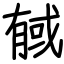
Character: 戫